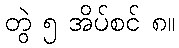
တွဲ ၅ အိပ်စင် ၈။